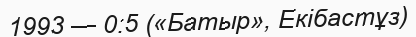
1993 — 0:5 («Батыр», Екібастұз)